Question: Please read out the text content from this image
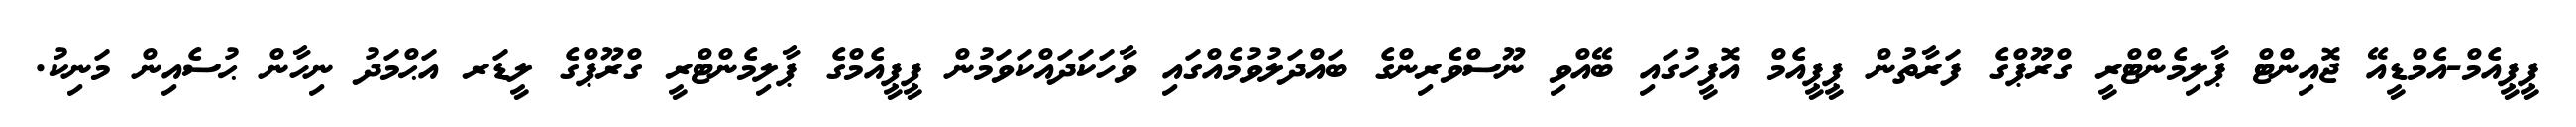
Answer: ޕީޕީއެމް-އެމްޑީއޭ ޖޮއިންޓް ޕާލިމެންޓްރީ ގްރޫޕްގެ ފަރާތުން ޕީޕީއެމް އޮފީހުގައި ބޭއްވި ނޫސްވެރިންގެ ބައްދަލުވުމެއްގައި ވާހަކަދައްކަވަމުން ޕީޕީއެމްގެ ޕާލިމެންޓްރީ ގްރޫޕްގެ ލީޑަރ އަޙްމަދު ނިހާން ޙުސެއިން މަނިކު.